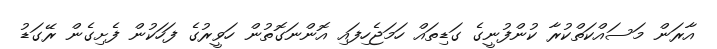
އާރަން މަސައްކަތްކުރާ ކުންފުނީގެ ގަޑިތައް ހަމަޖެހިފައި އޮންނަގޮތުން ހަވީރުގެ ފަހަކުން ފެށިގެން ރޭގަޑު